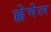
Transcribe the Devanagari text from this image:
ह्वेवेल